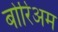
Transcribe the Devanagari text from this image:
बोरिअम